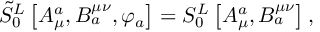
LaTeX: \tilde { S } _ { 0 } ^ { L } \left[ A _ { \mu } ^ { a } , B _ { a } ^ { \mu \nu } , \varphi _ { a } \right] = S _ { 0 } ^ { L } \left[ A _ { \mu } ^ { a } , B _ { a } ^ { \mu \nu } \right] ,